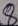
Text: 8